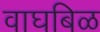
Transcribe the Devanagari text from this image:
वाघबिळ